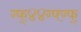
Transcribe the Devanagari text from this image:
ग्फ्४४ग्फ्ग्फ्